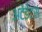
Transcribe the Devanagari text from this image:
अटेंडेंटस